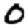
Digit: 0